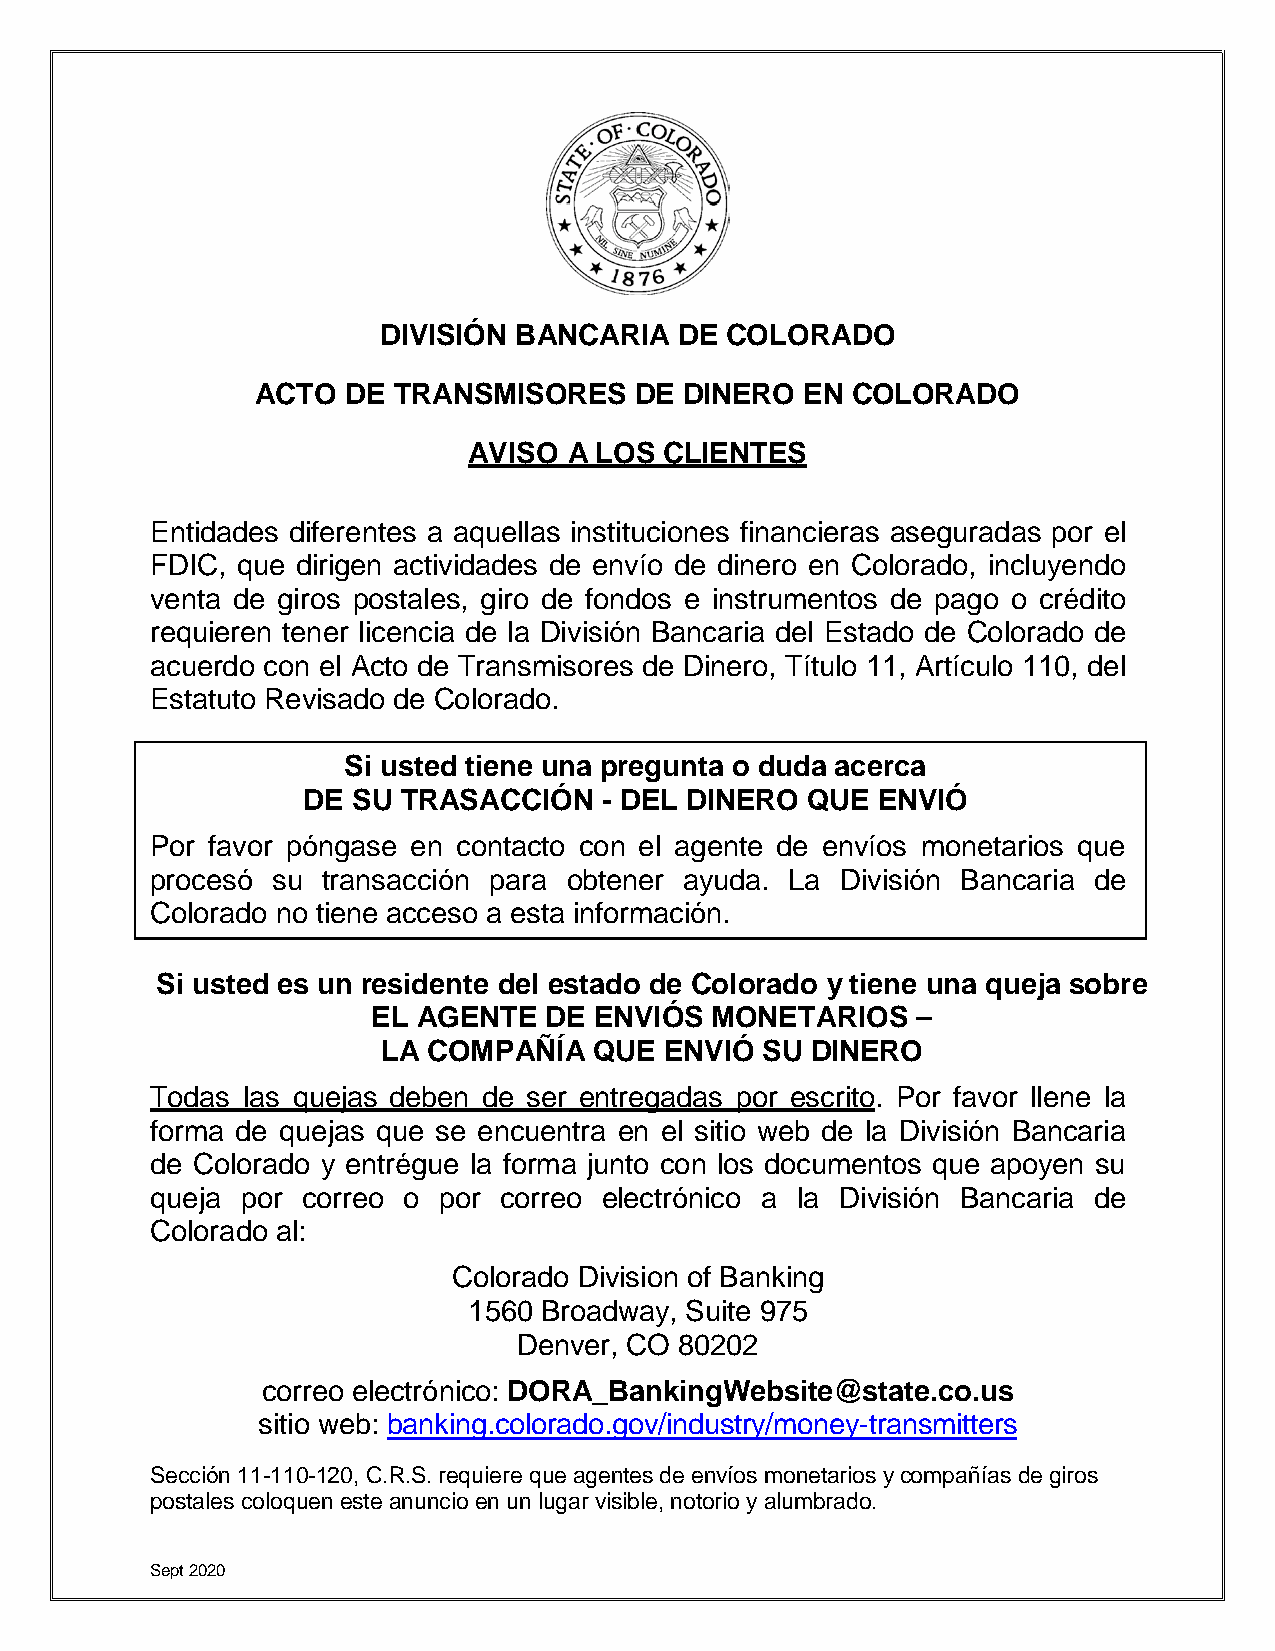
DIVISIÓN BANCARIA   DE COLORADO
 ACTO  DE TRANSMISORES    DE DINERO  EN COLORADO
 AVISO  A LOS CLIENTES
 Entidades diferentes a aquellas instituciones financieras aseguradas por el
 FDIC, que dirigen actividades de envío de dinero en Colorado, incluyendo
 venta de giros postales, giro de fondos e instrumentos de pago o crédito
 requieren tener licencia de la División Bancaria del Estado de Colorado de
 acuerdo con el Acto de Transmisores de Dinero, Título 11, Artículo 110, del
 Estatuto Revisado de Colorado.
 Si usted tiene una pregunta o duda acerca
 DE SU  TRASACCIÓN   - DEL DINERO QUE  ENVIÓ
 Por favor póngase en contacto con el agente de envíos monetarios que
 procesó su transacción para obtener ayuda. La División Bancaria de
 Colorado no tiene acceso a esta información.
 Si usted es un residente del estado de Colorado y tiene una queja sobre
 EL AGENTE  DE ENVIÓS  MONETARIOS    –
 LA COMPAÑÍA   QUE  ENVIÓ SU  DINERO
 Todas las quejas deben de ser entregadas por escrito. Por favor llene la
 forma de quejas que se encuentra en el sitio web de la División Bancaria
 de Colorado y entrégue la forma junto con los documentos que apoyen su
 queja por correo o por correo electrónico a la División Bancaria de
 Colorado al:
 Colorado Division of Banking
 1560 Broadway, Suite 975
 Denver, CO 80202
 correo electrónico: DORA_BankingWebsite@state.co.us
 sitio web: banking.colorado.gov/industry/money-transmitters
 Sección 11-110-120, C.R.S. requiere que agentes de envíos monetarios y compañías de giros
 postales coloquen este anuncio en un lugar visible, notorio y alumbrado.
 Sept 2020